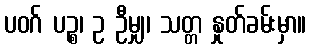
ပဝဂ် ပဉ္စ၊ ဥ ဦမျှ၊ သတ္တ နှုတ်ခမ်းမှာ။